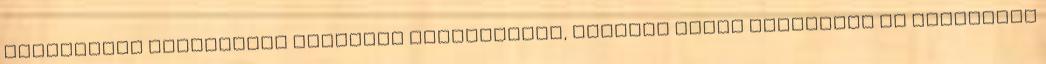
országokra tekintenek szívesen partnerként, amelyek előbb véleményt és engedélyt